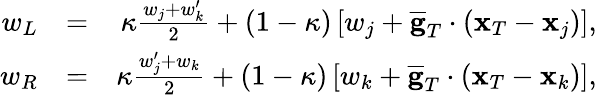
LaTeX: \begin{array}{rlr}{w_{L}}&{=}&{\kappa\frac{w_{j}+w_{k}^{\prime}}{2}+(1-\kappa)\left[w_{j}+\overline{{\mathbf g}}_{T}\cdot({\mathbf x}_{T}-{\mathbf x}_{j})\right],}\\ {w_{R}}&{=}&{\kappa\frac{w_{j}^{\prime}+w_{k}}{2}+(1-\kappa)\left[w_{k}+\overline{{\mathbf g}}_{T}\cdot({\mathbf x}_{T}-{\mathbf x}_{k})\right],}\end{array}